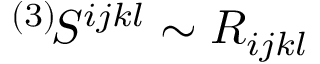
{ } ^ { ( 3 ) } \! S ^ { i j k l } \sim R _ { i j k l }